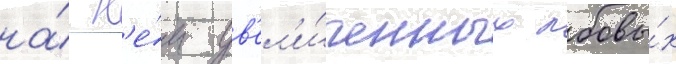
на́ н'е́м ув'ел'и́ченных лобовы́х